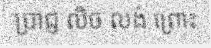
ប្រាជ្ញ លិច លង់ ព្រោះ